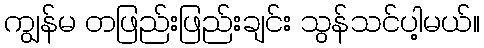
ကျွန်မ တဖြည်းဖြည်းချင်း သွန်သင်ပါ့မယ်။